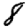
Digit: 8